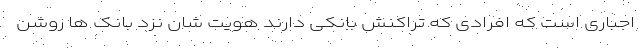
اجباری است که افرادی که تراکنش بانکی دارند هویت شان نزد بانک ها روشن